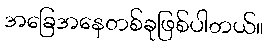
အခြေအနေတစ်ခုဖြစ်ပါတယ်။